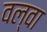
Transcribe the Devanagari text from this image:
वल्वा